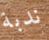
ندبة